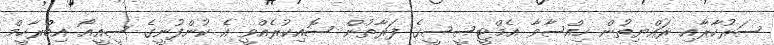
ސަރުކާރާއި ރައްޔިތުން ހިއްސާވާ އެމްޓީސީސީގެ ފަރާތުން ސޮއިކުރެއްވީ އެ ކުންފުނީގެ ސީއީއޯ އިބްރާހީމް